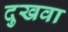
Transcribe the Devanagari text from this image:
दुखवा